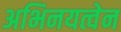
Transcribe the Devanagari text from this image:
अभिनयत्वेन